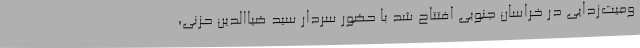
ومیت‌زدایی در خراسان جنوبی افتتاح شد با حضور سردار سید ضیا‌الدین حزنی،